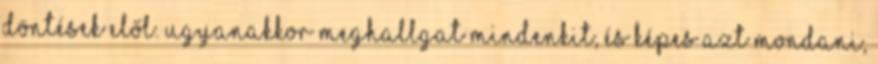
döntések elől. Ugyanakkor meghallgat mindenkit, és képes azt mondani,